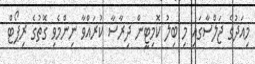
މިއަދުގެ ޖަލްސާގައި މި ބިލު ކޮމިޓީން ދިރާސާ ކުރައްވާ ނިންމެވި ގޮތުގެ ރިޕޯޓް